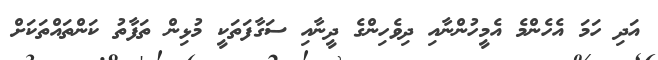
އަދި ހަމަ އެހެންމެ އެމީހުންނާއި ދިވެހިންގެ ދީނާއި ސަގާފަތަކީ މުޅިން ތަފާތު ކަންތައްތަކަށް